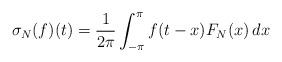
LaTeX: \begin{align*}\sigma_N(f)(t) = \frac{1}{2\pi}\int_{-\pi}^{\pi}f(t-x)F_N(x)\,dx\end{align*}